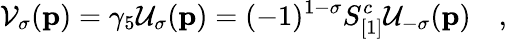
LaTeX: {\cal V}_{\sigma}({\mathbf p})=\gamma_{5}{\cal U}_{\sigma}({\mathbf p})=(-1)^{1-\sigma}S_{[1]}^{c}{\cal U}_{-\sigma}({\mathbf p})\quad,